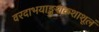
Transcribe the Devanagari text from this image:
वरदाभयाङ्कुशकशाशूलं